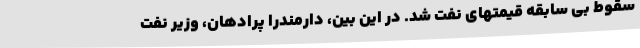
سقوط بی سابقه قیمتهای نفت شد. در این بین، دارمندرا پرادهان، وزیر نفت